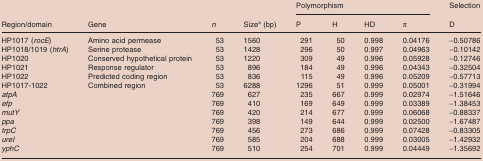
<table><thead><tr><td rowspan="2"><b>Region/domain</b></td><td rowspan="2"><b>Gene</b></td><td rowspan="2"><b><i>n</i></b></td><td rowspan="2"><b>Sizea (bp)</b></td><td colspan="4"><b>Polymorphism</b></td><td><b>Selection</b></td></tr><tr><td><b>P</b></td><td><b>H</b></td><td><b>HD</b></td><td><b>π</b></td><td><b>D</b></td></tr></thead><tbody><tr><td>HP1017 (<i>rocE</i>)</td><td>Amino acid permease</td><td>53</td><td>1560</td><td>291</td><td>50</td><td>0.998</td><td>0.04176</td><td>−0.50786</td></tr><tr><td>HP1018/1019 (<i>htrA</i>)</td><td>Serine protease</td><td>53</td><td>1428</td><td>296</td><td>50</td><td>0.997</td><td>0.04963</td><td>−0.10142</td></tr><tr><td>HP1020</td><td>Conserved hypothetical protein</td><td>53</td><td>1220</td><td>309</td><td>49</td><td>0.996</td><td>0.05928</td><td>−0.12746</td></tr><tr><td>HP1021</td><td>Response regulator</td><td>53</td><td>896</td><td>184</td><td>49</td><td>0.996</td><td>0.04343</td><td>−0.32504</td></tr><tr><td>HP1022</td><td>Predicted coding region</td><td>53</td><td>836</td><td>115</td><td>49</td><td>0.996</td><td>0.05209</td><td>−0.57713</td></tr><tr><td>HP1017‐1022</td><td>Combined region</td><td>53</td><td>6288</td><td>1296</td><td>51</td><td>0.999</td><td>0.05001</td><td>−0.31994</td></tr><tr><td><i>atpA</i></td><td></td><td>769</td><td>627</td><td>235</td><td>667</td><td>0.999</td><td>0.02974</td><td>−1.51646</td></tr><tr><td><i>efp</i></td><td></td><td>769</td><td>410</td><td>169</td><td>649</td><td>0.999</td><td>0.03389</td><td>−1.38453</td></tr><tr><td><i>mutY</i></td><td></td><td>769</td><td>420</td><td>214</td><td>677</td><td>0.999</td><td>0.06068</td><td>−0.88337</td></tr><tr><td><i>ppa</i></td><td></td><td>769</td><td>398</td><td>149</td><td>644</td><td>0.999</td><td>0.02500</td><td>−1.67487</td></tr><tr><td><i>trpC</i></td><td></td><td>769</td><td>456</td><td>273</td><td>686</td><td>0.999</td><td>0.07428</td><td>−0.83305</td></tr><tr><td><i>ureI</i></td><td></td><td>769</td><td>585</td><td>204</td><td>688</td><td>0.999</td><td>0.03005</td><td>−1.42932</td></tr><tr><td><i>yphC</i></td><td></td><td>769</td><td>510</td><td>254</td><td>701</td><td>0.999</td><td>0.04449</td><td>−1.35692</td></tr></tbody></table>